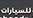
للسيارات